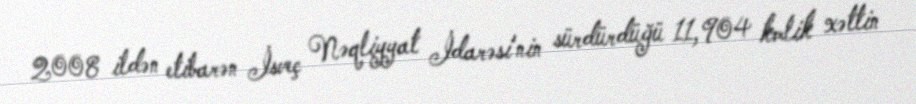
2008 ildən etibarən İsveç Nəqliyyat İdarəsi'nin sürdürdüğü 11,904 kmlik xəttin